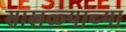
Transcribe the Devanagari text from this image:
साखळ्यांच्या